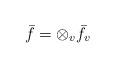
LaTeX: \begin{align*}\bar{f}=\otimes_{v}\bar{f}_{v}\end{align*}